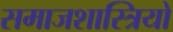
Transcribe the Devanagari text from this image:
समाजशास्त्रियो